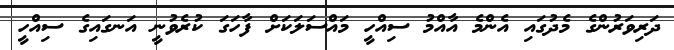
ދަރިވަރުންގެ މެދުގައި އެންމެ އާއްމު ސިއްހީ މައްސަލަކަށް ފާހަގަ ކުރެވުނީ އަނގައިގެ ސިއްހީ